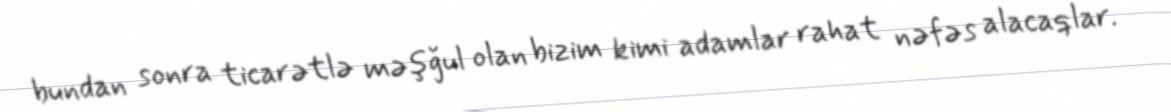
bundan sonra ticarətlə məşğul olan bizim kimi adamlar rahat nəfəs alacaqlar.